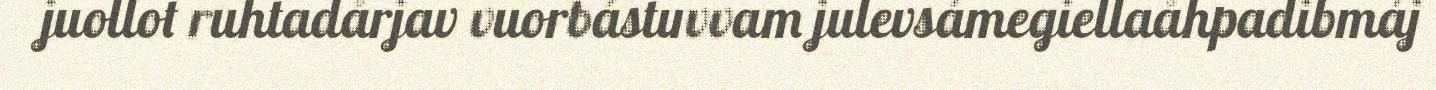
juollot ruhtadårjav vuorbástuvvam julevsámegiellaåhpadibmáj